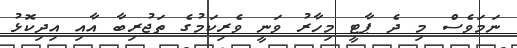
ނަމަވެސް މި ދެ ޕާޓީ މިހާރު ވަނީ ވެރިކަމުގެ ތަޖުރިބާ އާއި އިދިކޮޅު